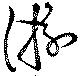
游